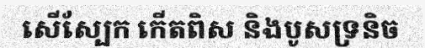
សើស្បែក កើតពិស និងបូសទ្រនិច